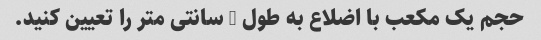
حجم یک مکعب با اضلاع به طول 4 سانتی متر را تعیین کنید.